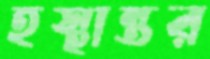
হস্থান্তর